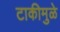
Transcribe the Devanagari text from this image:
टाकीमुळे